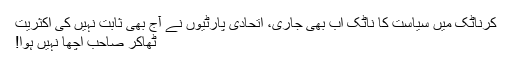
کرناٹک میں سیاست کا ناٹک اب بھی جاری، اتحادی پارٹیوں نے آج بھی ثابت نہیں کی اکثریت
ٹھاکر صاحب اچھا نہیں ہوا!